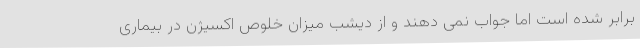
برابر شده است اما جواب نمی دهند و از دیشب میزان خلوص اکسیژن در بیماری